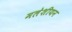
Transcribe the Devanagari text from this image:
मलेशीयन